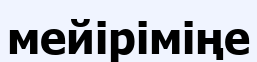
мейіріміңе